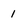
Character: 1